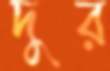
দুর